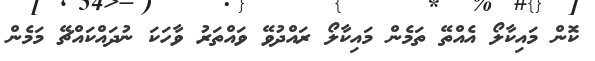
ކޮން މައިކާލޯ އެއްތޭ ތަމެން މައިކާލޯ ރައްދުވޭ ވައްތަރު ވާހަކަ ނުދައްކައްޗޭ މަމެން